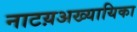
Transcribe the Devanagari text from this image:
नाटय़अख्यायिका